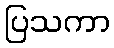
ပြသကာ